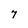
Character: 7